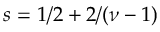
s = 1 / 2 + 2 / ( \nu - 1 )